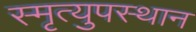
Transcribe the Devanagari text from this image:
स्मृत्युपस्थान